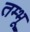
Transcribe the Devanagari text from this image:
तम्भू